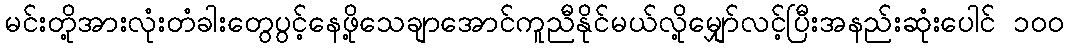
မင်းတို့အားလုံးတံခါးတွေပွင့်နေဖို့သေချာအောင်ကူညီနိုင်မယ်လို့မျှော်လင့်ပြီးအနည်းဆုံးပေါင် ၁၀၀